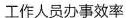
工作人员办事效率